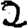
Digit: 2